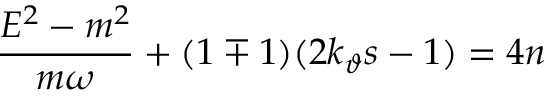
\frac { E ^ { 2 } - m ^ { 2 } } { m \omega } + ( 1 \mp 1 ) ( 2 k _ { \vartheta } s - 1 ) = 4 n